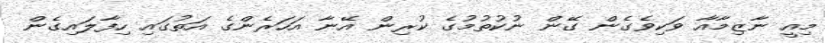
މިއީ ނާޒިމާއާ ވަކިވެގެން ގޭން ނުކުތުމުގެ ކުރިން އޭނާ އަހަރެންގެ އަތުގައި ހިފާލައިގެން